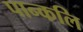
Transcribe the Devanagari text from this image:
पान्कलि